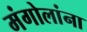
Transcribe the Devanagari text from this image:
मंगोलांना